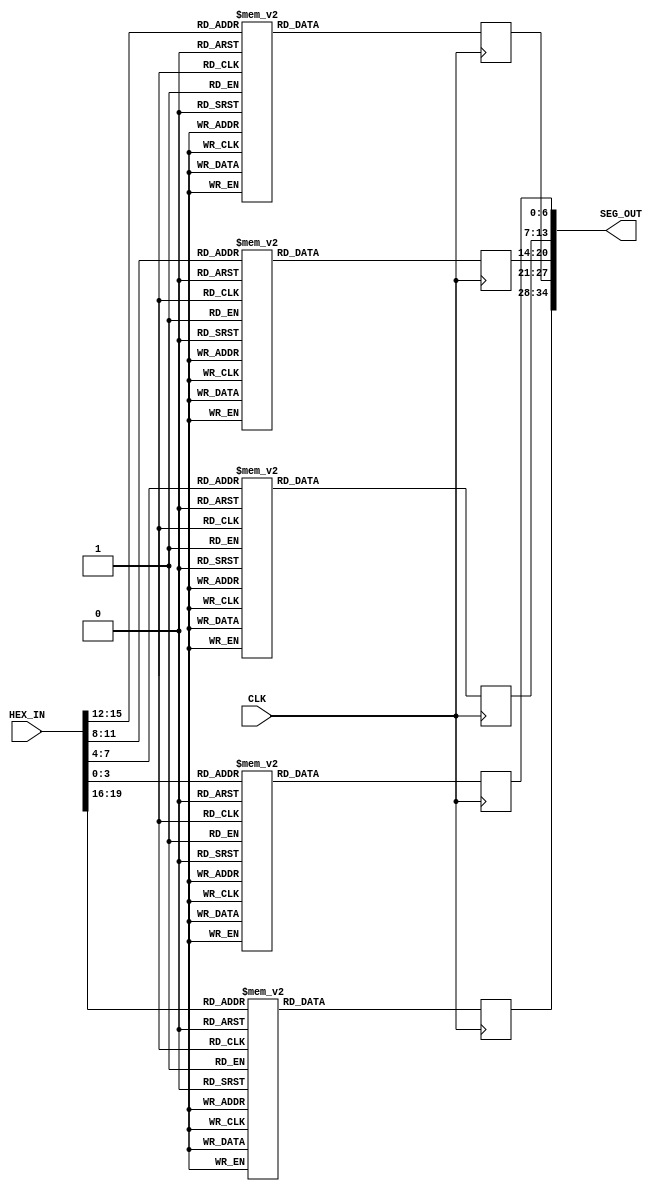
`timescale 1ns / 1ps
//////////////////////////////////////////////////////////////////////////////////
// Company: Case Western Reserve University
// 
// Project Name:   EECS301 Digital Design
// Design Name:    Lab #4 Project
// Module Name:    BCD_Segment_Decoder
// Target Devices: Altera Cyclone V
// Tool versions:  Quartus v17.0
// Description:    BCD to Seven Segment Decoder
//                 
// Dependencies:   
//
//////////////////////////////////////////////////////////////////////////////////

module Hex_Segment_Decoder
#(
	parameter HEX_DIGITS = 5
)
(
	// BCD Input (Packed Array)
	input      [HEX_DIGITS*4-1:0] HEX_IN,
	
	// Seven-Segment Output (Packed Array)
	output reg [HEX_DIGITS*7-1:0] SEG_OUT,
	
	// System Signals
	input CLK
);

	//
	// Initialize Output
	//
	initial
	begin
		SEG_OUT <= {HEX_DIGITS*7{1'b0}};
	end
	

	//
	// Select Segment Output using BCD index for each Digit
	//

	// !! Lab 4: Add SEG_OUT Registered Multiplexers for each BCD Digit here !!
	genvar i;
	generate
	for (i=0; i < HEX_DIGITS; i=i+1)
		begin: HexaFlexaPlexer
			always @(posedge CLK)
			begin 
				case(HEX_IN[i*4+:4])
				
				4'b0000 : SEG_OUT[i*7+:7] <= 7'b0111111;
				4'b0001 : SEG_OUT[i*7+:7] <= 7'b0000110;
				4'b0010 : SEG_OUT[i*7+:7] <= 7'b1011011;
				4'b0011 : SEG_OUT[i*7+:7] <= 7'b1001111;
				4'b0100 : SEG_OUT[i*7+:7] <= 7'b1100110;
				4'b0101 : SEG_OUT[i*7+:7] <= 7'b1101101;
				4'b0110 : SEG_OUT[i*7+:7] <= 7'b1111101;
				4'b0111 : SEG_OUT[i*7+:7] <= 7'b0000111;
				4'b1000 : SEG_OUT[i*7+:7] <= 7'b1111111;
				4'b1001 : SEG_OUT[i*7+:7] <= 7'b1100111;
				4'b1010 : SEG_OUT[i*7+:7] <= 7'b1110111;
				4'b1011 : SEG_OUT[i*7+:7] <= 7'b1111100;
				4'b1100 : SEG_OUT[i*7+:7] <= 7'b0111001;
				4'b1101 : SEG_OUT[i*7+:7] <= 7'b1011110;
				4'b1110 : SEG_OUT[i*7+:7] <= 7'b1111001;
				4'b1111 : SEG_OUT[i*7+:7] <= 7'b1110001;
			
				endcase
				
			end
			
		end
		
	endgenerate
	
endmodule